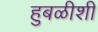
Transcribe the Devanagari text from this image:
हुबळीशी